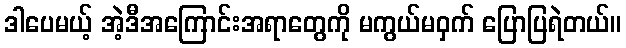
ဒါပေမယ့် အဲ့ဒီအကြောင်းအရာတွေကို မကွယ်မဝှက် ပြောပြရဲတယ်။